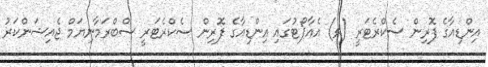
އިންޑިއާގެ ފޮރިން ސެކްރެޓަރީ (ވ) އެއާޕޯޓުގައި އިންޑިއާގެ ފޮރިން ސެކްރެޓަރީ ސްބްރަމާނިޔަމް ޖެއިޝަންކަރު